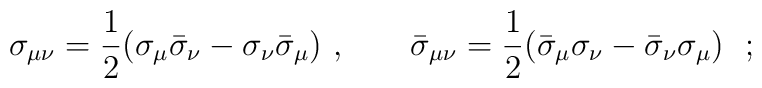
\sigma_{\mu\nu}={1\over 2}(\sigma_\mu\bar\sigma_\nu -\sigma_\nu\bar\sigma_\mu)~,\hskip 0.8cm\bar\sigma_{\mu\nu}={1\over 2}(\bar\sigma_\mu\sigma_\nu -\bar\sigma_\nu\sigma_\mu)~~;